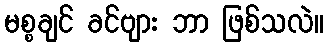
မစ္စချင် ခင်ဗျား ဘာ ဖြစ်သလဲ။